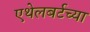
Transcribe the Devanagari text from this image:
एथेलबर्टच्या